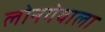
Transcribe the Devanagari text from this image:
लोनगेवाला